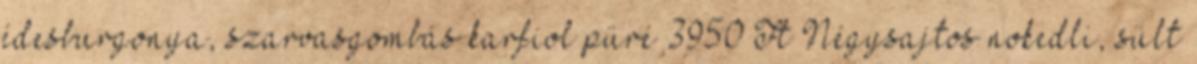
édesburgonya, szarvasgombás karfiol püré 3950 Ft Négysajtos nokedli, sült